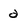
Character: a